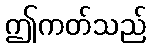
ဤကတ်သည်